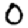
Digit: 0